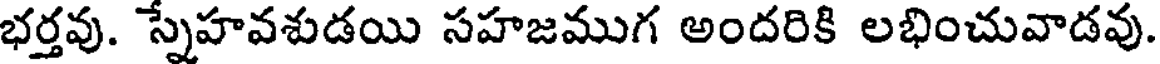
భర్తవు. స్నేహవశుడయి సహజముగ అందరికి లభించువాడవు.